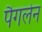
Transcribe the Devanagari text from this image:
पैगलेन